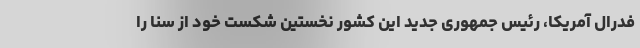
فدرال آمریکا، رئیس‌ جمهوری جدید این کشور نخستین شکست خود از سنا را